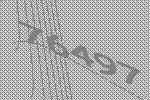
76497